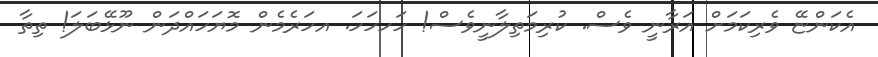
އެކަންޏޭ ވެެރިކަމަށް އަރާނީ ވެސް. ކުރިމަތިލާނީވެސް! ހަހހަހަަ. އހަރެމެން މޮޔަހައްދަން ނޫޅޭބަލަ! ތިތާ